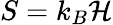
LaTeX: S=k_{B}\mathcal{H}